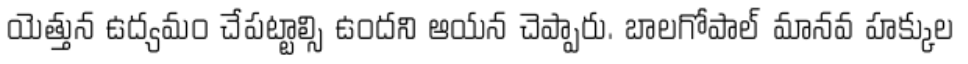
యెత్తున ఉద్యమం చేపట్టాల్సి ఉందని ఆయన చెప్పారు. బాలగోపాల్ మానవ హక్కుల